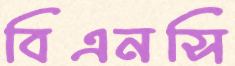
বিএনসি